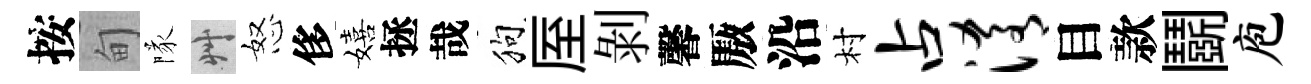
按甸隊艸怒侈嬉拯哉狗厔剝馨厫沿村占淆目款鬬庖